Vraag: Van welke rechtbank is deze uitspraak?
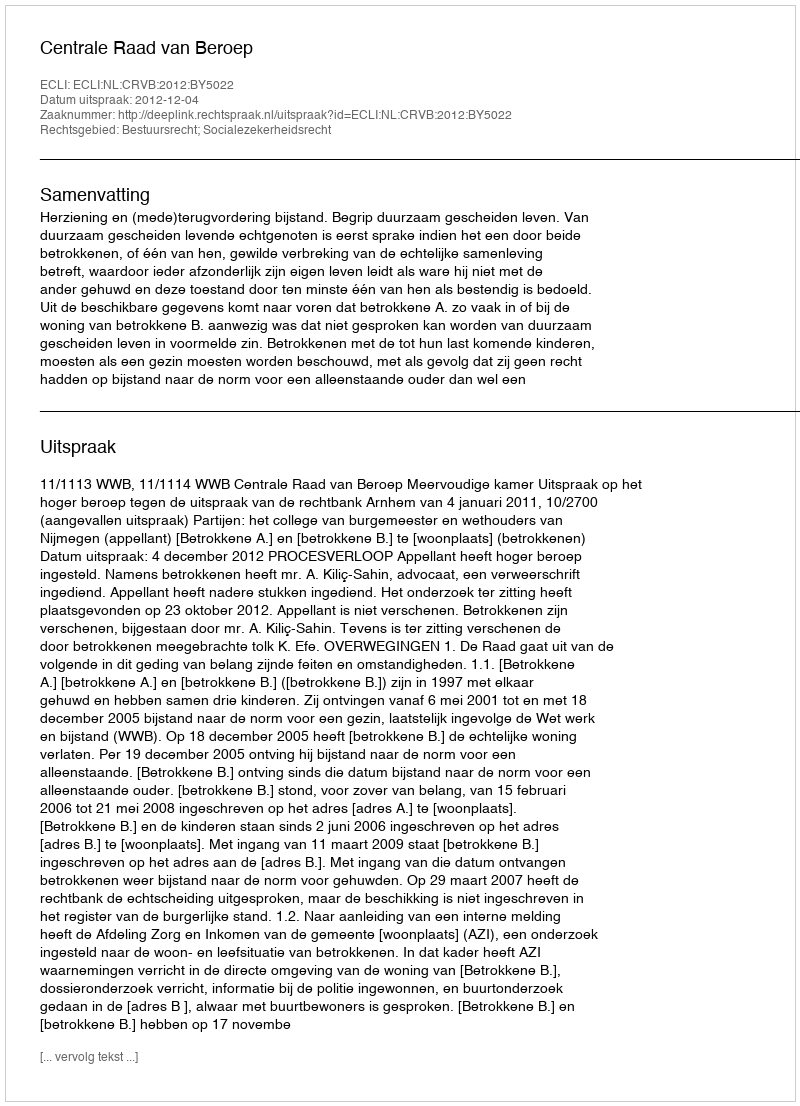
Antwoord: Centrale Raad van Beroep